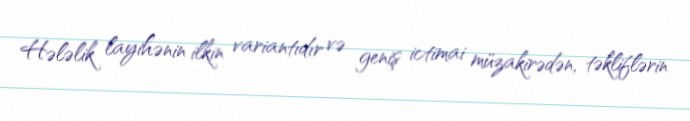
Hələlik layihənin ilkin variantıdır və geniş ictimai müzakirədən, təkliflərin